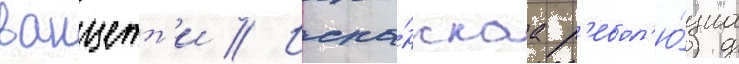
ванцетт'и // Испа́нскаа р'евол'ю́циа